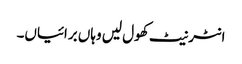
انٹرنیٹ کھول لیں وہاں برائیاں۔